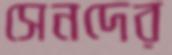
সেনদের